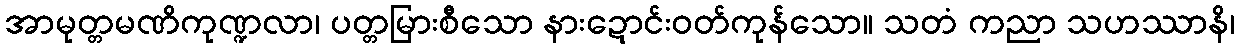
အာမုတ္တမဏိကုဏ္ဍလာ၊ ပတ္တမြားစီသော နားဍောင်းဝတ်ကုန်သော။ သတံ ကညာ သဟဿာနိ၊